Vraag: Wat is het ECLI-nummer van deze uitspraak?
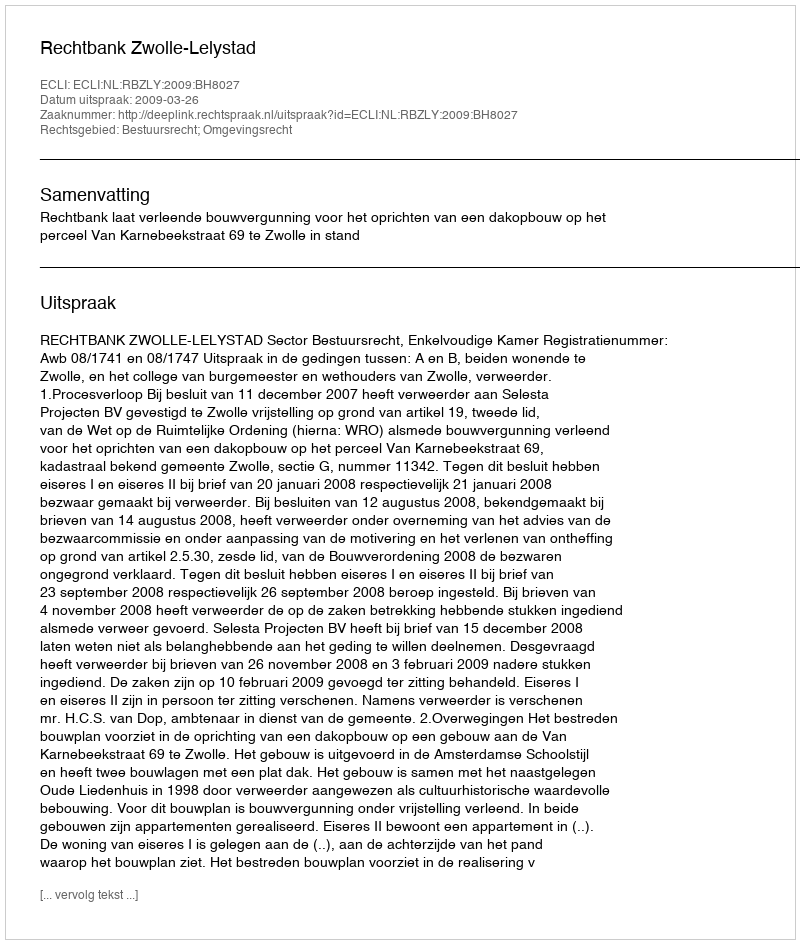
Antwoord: ECLI:NL:RBZLY:2009:BH8027